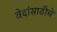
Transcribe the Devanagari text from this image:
वेदांसाठीचे